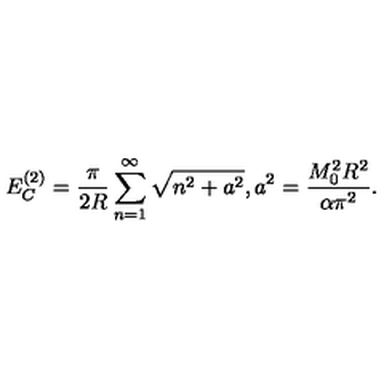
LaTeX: E _ { C } ^ { ( 2 ) } = \frac { \pi } { 2 R } \sum _ { n = 1 } ^ { \infty } \sqrt { n ^ { 2 } + a ^ { 2 } } , a ^ { 2 } = \frac { M _ { 0 } ^ { 2 } R ^ { 2 } } { \alpha \pi ^ { 2 } } .